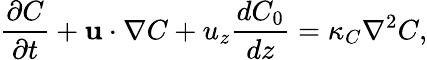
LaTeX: \frac{\partial C}{\partial t}+\mathbf{u}\cdot\nabla C+u_{z}\frac{dC_{0}}{dz}=\kappa_{C}\nabla^{2}C,